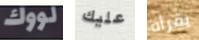
لووك عليك يقرأه